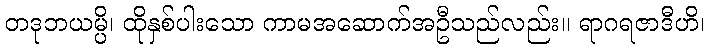
တဒုဘယမ္ပိ၊ ထိုနှစ်ပါးသော ကာမအဆောက်အဦသည်လည်း။ ရာဂရဇာဒီဟိ၊